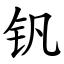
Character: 钒